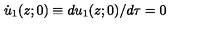
\dot { u } _ { 1 } ( z ; 0 ) \equiv d u _ { 1 } ( z ; 0 ) / d \tau = 0